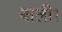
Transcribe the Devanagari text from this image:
बाली।